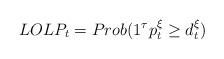
LaTeX: \begin{align*}LOLP_t = Prob(1^\tau p_t^\xi\geq d^\xi_t)\end{align*}